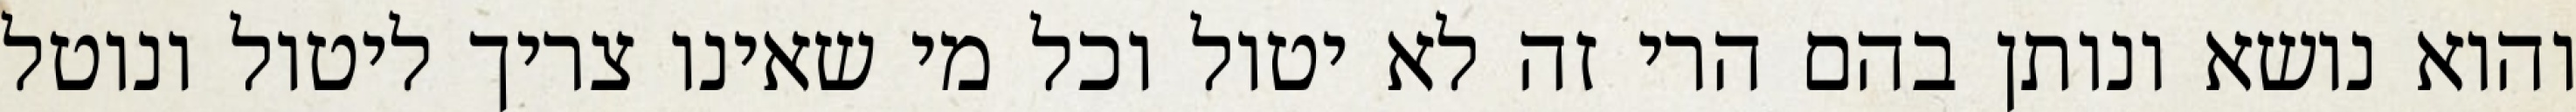
והוא נושא ונותן בהם הרי זה לא יטול וכל מי שאינו צריך ליטול ונוטל